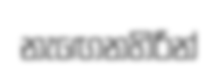
නැඟෙනහිරින්